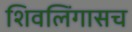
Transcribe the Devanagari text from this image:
शिवलिंगासच